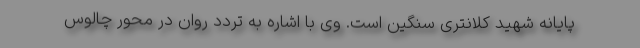
پایانه شهید کلانتری سنگین است. وی با اشاره به تردد روان در محور چالوس